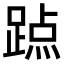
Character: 𨃊